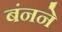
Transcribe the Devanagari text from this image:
बंनने